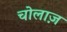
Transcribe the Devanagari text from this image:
चोलाज़